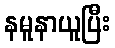
နမူနာယူပြီး